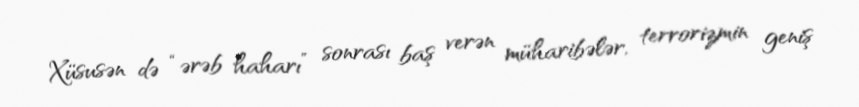
Xüsusən də “ərəb haharı” sonrası baş verən müharibələr, terrorizmin geniş